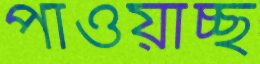
পাওয়াচ্ছ